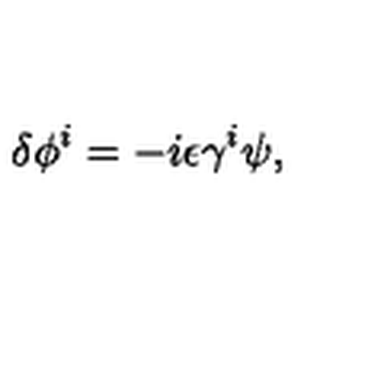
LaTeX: \delta \phi ^ { i } = - i \epsilon \gamma ^ { i } \psi ,